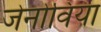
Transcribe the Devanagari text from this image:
जेनोविया